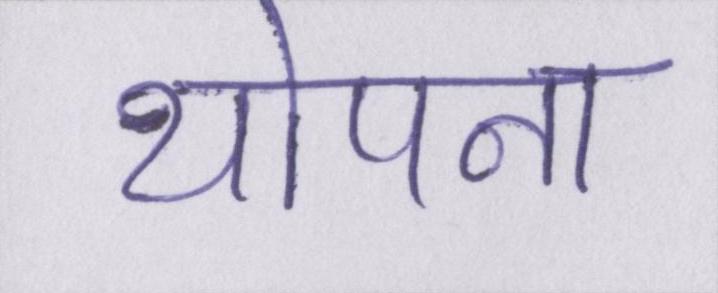
थोपना